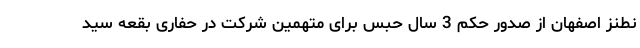
نطنز اصفهان از صدور حکم 3 سال حبس برای متهمین شرکت در حفاری بقعه سید